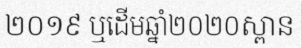
២០១៩ ឬដើមឆ្នាំ២០២០ស្ពាន